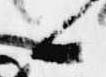
候